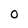
Character: 0